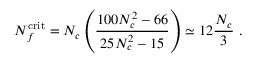
N _ { f } ^ { \mathrm { c r i t } } = N _ { c } \left( \frac { 1 0 0 N _ { c } ^ { 2 } - 6 6 } { 2 5 N _ { c } ^ { 2 } - 1 5 } \right) \simeq 1 2 \frac { N _ { c } } { 3 } \ .